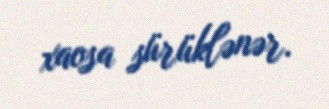
xaosa sürüklənər.